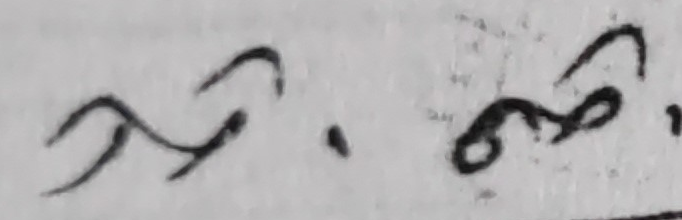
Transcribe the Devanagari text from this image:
मुने. मोनो.